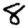
Digit: 8